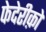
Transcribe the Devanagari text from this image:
फेदेरीक़ो